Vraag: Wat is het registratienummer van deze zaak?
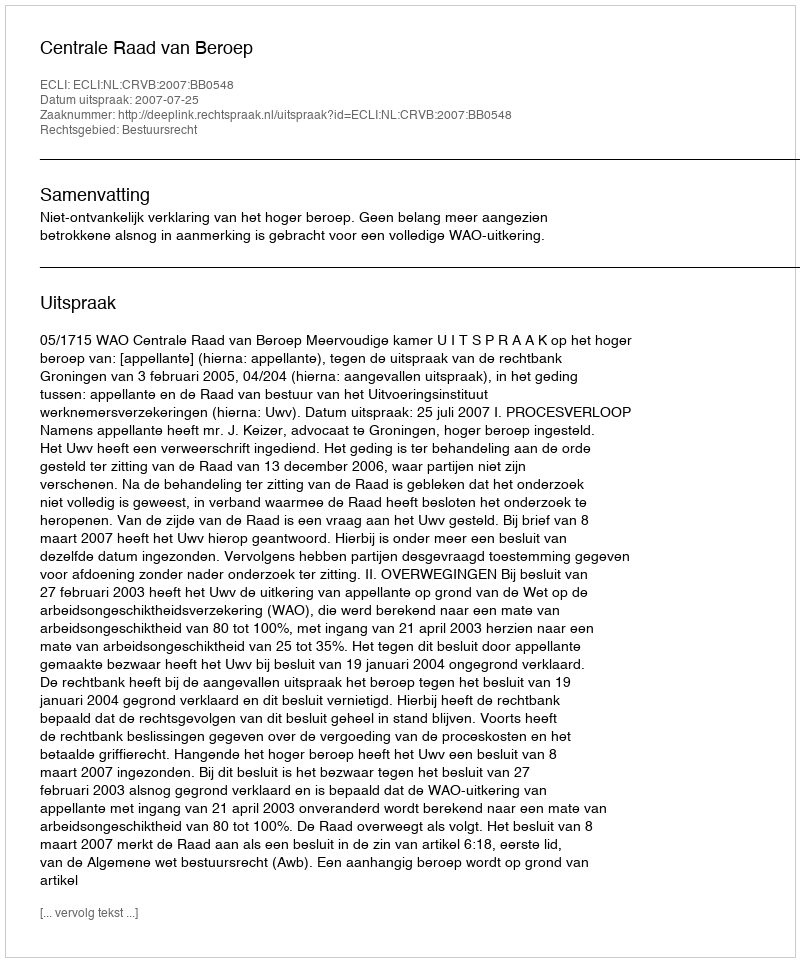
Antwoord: http://deeplink.rechtspraak.nl/uitspraak?id=ECLI:NL:CRVB:2007:BB0548